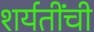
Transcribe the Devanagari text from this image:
शर्यतींची